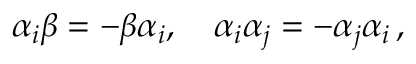
\alpha _ { i } \beta = - \beta \alpha _ { i } , \quad \alpha _ { i } \alpha _ { j } = - \alpha _ { j } \alpha _ { i } \, ,